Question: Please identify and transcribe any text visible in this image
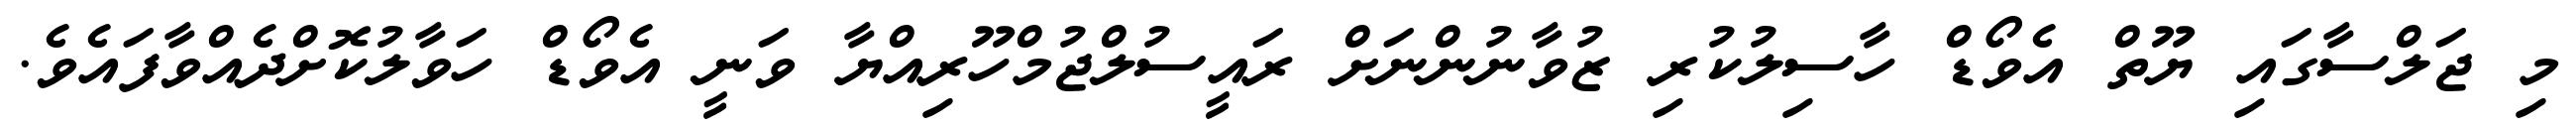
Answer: މި ޖަލްސާގައި ޔޫތް އެވޯޑް ހާސިލުކުރި ޒުވާނުންނަށް ރައީސުލްޖުމްހޫރިއްޔާ ވަނީ އެވޯޑް ހަވާލުކޮށްދެއްވާފައެވެ.